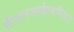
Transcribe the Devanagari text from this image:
सीआरआईएसपीआर